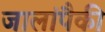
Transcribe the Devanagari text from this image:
जालांपैकी